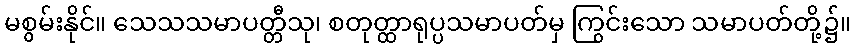
မစွမ်းနိုင်။ သေသသမာပတ္တီသု၊ စတုတ္ထာရုပ္ပသမာပတ်မှ ကြွင်းသော သမာပတ်တို့၌။